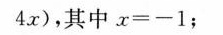
4x)，其中$$x = - 1$$；